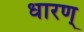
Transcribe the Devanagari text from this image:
धारण्